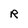
Character: R